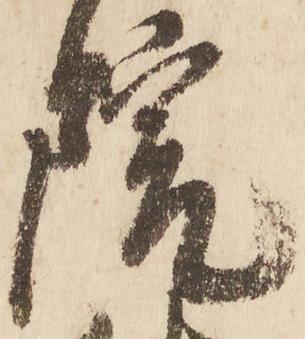
院